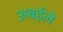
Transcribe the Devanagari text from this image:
अबईले